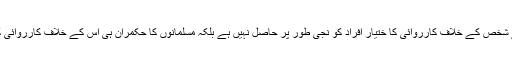
تیسرے یہ کہ ایسے شخص کے خلاف کارروائی کا ختیار افراد کو نجی طور پر حاصل نہیں ہے بلکہ مسلمانوں کا حکمران ہی اس کے خلاف کارروائی کرنے کا مجاز ہے۔